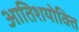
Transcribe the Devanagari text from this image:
आतिशयोक्ति